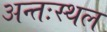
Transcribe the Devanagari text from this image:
अन्तःस्थल